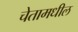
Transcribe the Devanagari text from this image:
चेतामधील